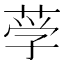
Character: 𰱚